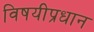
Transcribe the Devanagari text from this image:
विषयीप्रधान